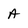
Character: A